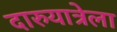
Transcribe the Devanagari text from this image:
दारुयात्रेला